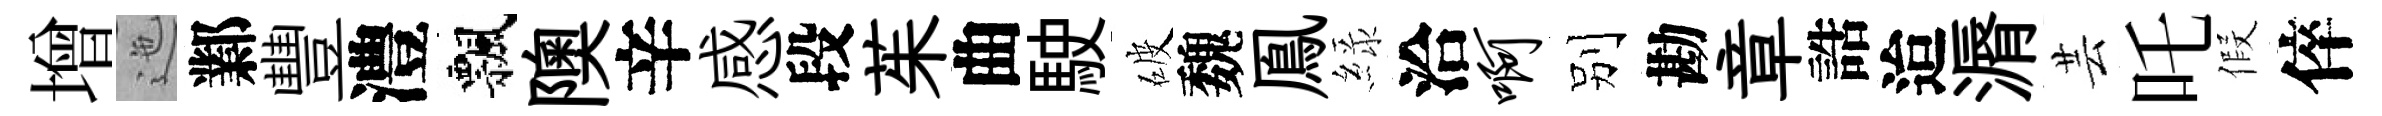
增迤鄴豐澧飄隩辛感段茱曲駛破魏鳯緑洽啊别勘章誥迨漘芸吒假倅